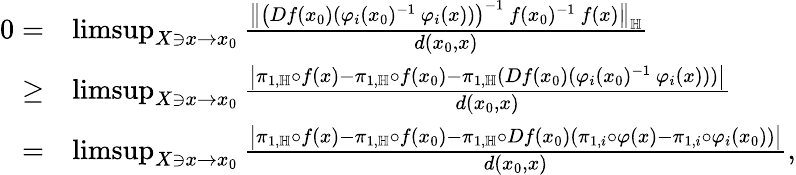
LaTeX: \begin{array}{rl}{0=}&{\operatorname*{limsup}_{X\ni x\to x_{0}}\frac{\big\| \big(Df(x_{0})(\varphi_{i}(x_{0})^{-1}\ \varphi_{i}(x))\big)^{-1}\ f(x_{0})^{-1}\ f(x)\big\| _{\mathbb H}}{d(x_{0},x)}}\\ {\geq}&{\operatorname*{limsup}_{X\ni x\to x_{0}}\frac{\big|\pi_{1,\mathbb{H}}\circ f(x)-\pi_{1,\mathbb{H}}\circ f(x_{0})-\pi_{1,\mathbb{H}}(Df(x_{0})(\varphi_{i}(x_{0})^{-1}\ \varphi_{i}(x)))\big|}{d(x_{0},x)}}\\ {=}&{\operatorname*{limsup}_{X\ni x\to x_{0}}\frac{\big|\pi_{1,\mathbb{H}}\circ f(x)-\pi_{1,\mathbb{H}}\circ f(x_{0})-\pi_{1,\mathbb{H}}\circ Df(x_{0})(\pi_{1,i}\circ\varphi(x)-\pi_{1,i}\circ\varphi_{i}(x_{0}))\big|}{d(x_{0},x)},}\end{array}